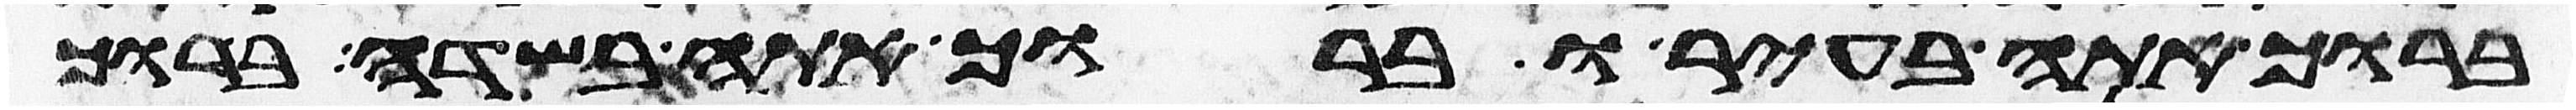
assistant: ברוך אתה בעיר וברוך אתה בשדה ברוך